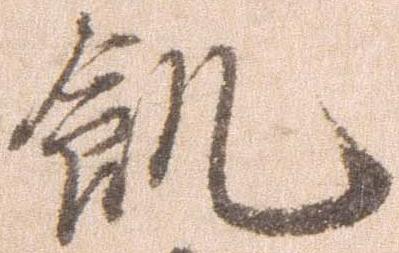
飢